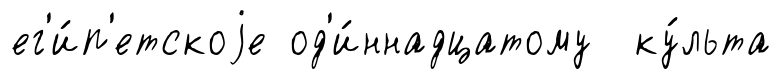
ег'и́п'етскоjе од'и́ннадцатому ку́льта